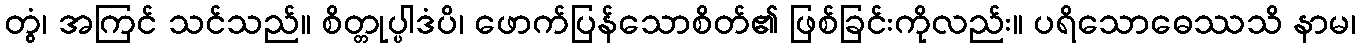
တွံ၊ အကြင် သင်သည်။ စိတ္တုပ္ပါဒံပိ၊ ဖောက်ပြန်သောစိတ်၏ ဖြစ်ခြင်းကိုလည်း။ ပရိသောဓေဿသိ နာမ၊